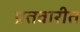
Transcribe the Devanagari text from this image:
प्रतवारीत